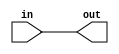
 //Verilog Library for Test Applications
 /////////////////////////////////////////////////////////////////////////////////////
 //    Buf
 /////////////////////////////////////////////////////////////////////////////////////
 
 `timescale 1 ns / 1ns
 
 module bufg #(parameter tphl = 1, tplh = 1)
     (out,in);               
 input in;
 output out;
  
	bufif1 #(tplh, tphl) inst(out, in, 1'b1);
    
 endmodule

 /////////////////////////////////////////////////////////////////////////////////////
 //    Not
 /////////////////////////////////////////////////////////////////////////////////////
 
 `timescale 1 ns / 1ns
 
 module notg #(parameter tphl = 1, tplh = 1)
     (out,in);             
 input in;
 output out;
  
	not #(tplh, tphl) inst (out, in);
    
 endmodule

 /////////////////////////////////////////////////////////////////////////////////////
 //    And: Parametrized on the number of inputs      
 /////////////////////////////////////////////////////////////////////////////////////
 
 `timescale 1 ns / 1ns
 
module and_n
    #(parameter n = 2, tphl = 1, tplh = 1)
    (out,in);           
input [n-1:0] in;
output out;
wire [n-2:0] mwire;

genvar i;

	and and_0 (mwire [0], in [0], in [1]);

  generate
    for (i=1; i <= n-2; i=i+1) begin : AND_N
       and inst (mwire [i], mwire [i-1], in [i+1]);
    end
  endgenerate
	bufif1 #(tplh, tphl) inst(out, mwire [n-2], 1'b1);	
	
endmodule

/////////////////////////////////////////////////////////////////////////////////////
//    Or: Parametrized on the number of inputs       
/////////////////////////////////////////////////////////////////////////////////////

`timescale 1 ns / 1ns
 
module or_n
    #(parameter n = 2, tphl = 1, tplh = 1)
    (out,in);             
input [n-1:0] in;
output out;
wire [n-2:0] mwire;

genvar i;

	or or_0 (mwire [0], in [0], in [1]);

  generate
    for (i=1; i <= n-2; i=i+1) begin : OR_N
       or inst (mwire [i], mwire [i-1], in [i+1]);
    end
  endgenerate
	bufif1 #(tplh, tphl) inst(out, mwire [n-2], 1'b1);	
   
endmodule

/////////////////////////////////////////////////////////////////////////////////////
//    Nand: Parametrized on the number of inputs       
/////////////////////////////////////////////////////////////////////////////////////

`timescale 1 ns / 1ns
 
module nand_n
    #(parameter n = 2, tphl = 1, tplh = 1)
    (out,in);               
input [n-1:0] in;
output out;
wire [n-2:0] mwire;

genvar i;

	and and_0 (mwire [0], in [0], in [1]);

  generate
    for (i=1; i <= n-2; i=i+1) begin : NAND_N
       and inst (mwire [i], mwire [i-1], in [i+1]);
    end
  endgenerate
	not #(tplh, tphl) inst(out, mwire [n-2]);	

endmodule

/////////////////////////////////////////////////////////////////////////////////////
//    Nor: Parametrized on the number of inputs       
/////////////////////////////////////////////////////////////////////////////////////

`timescale 1 ns / 1ns
 
module nor_n
    #(parameter n = 2, tphl = 1, tplh = 1)
    (out,in);              
input [n-1:0] in;
output out;
wire [n-2:0] mwire;

genvar i;

	or nor_0 (mwire [0], in [0], in [1]);

  generate
    for (i=1; i <= n-2; i=i+1) begin : NOR_N
       or inst (mwire [i], mwire [i-1], in [i+1]);
    end
  endgenerate
	not #(tplh, tphl) inst(out, mwire [n-2]);	
      
endmodule

/////////////////////////////////////////////////////////////////////////////////////
//    Xor: Parametrized on the number of inputs       
/////////////////////////////////////////////////////////////////////////////////////

`timescale 1 ns / 1ns
 
module xor_n
    #(parameter n = 2, tphl = 1, tplh = 1)
    (out,in);              
input [n-1:0] in;
output out;
wire [n-2:0] mwire;

genvar i;

	xor xor_0 (mwire [0], in [0], in [1]);

  generate
    for (i=1; i <= n-2; i=i+1) begin : XOR_N
       xor inst (mwire [i], mwire [i-1], in [i+1]);
    end
  endgenerate
	bufif1 #(tplh, tphl) inst(out, mwire [n-2], 1'b1);	
   
endmodule

/////////////////////////////////////////////////////////////////////////////////////
//    Xnor: Parametrized on the number of inputs       
/////////////////////////////////////////////////////////////////////////////////////

`timescale 1 ns / 1ns
 
module xnor_n
    #(parameter n = 2, tphl = 1, tplh = 1)
    (out,in);              
input [n-1:0] in;
output out;
wire [n-2:0] mwire;

genvar i;

	xor xnor_0 (mwire [0], in [0], in [1]);

  generate
    for (i=1; i <= n-2; i=i+1) begin : XNOR_N
       xor inst (mwire [i], mwire [i-1], in [i+1]);
    end
  endgenerate
	not #(tplh, tphl) inst(out, mwire [n-2]);	
    
endmodule

/////////////////////////////////////////////////////////////////////////////////////
//    Fan_Out: Parametrized on the number of inputs       
/////////////////////////////////////////////////////////////////////////////////////

`timescale 1 ns / 1ns
 
module fanout_n
    #(parameter n = 2,tphl = 3, tplh = 5)
    (in, out);
input in;
output [n-1 :0] out;
genvar i;

  generate
    for (i=0; i < n; i=i+1) begin : fanout
       bufif1 #(tplh, tphl) inst (out [i], in, 1'b1);
    end
  endgenerate		
   
endmodule

/////////////////////////////////////////////////////////////////////////////////////
//    Primary Input      
/////////////////////////////////////////////////////////////////////////////////////

`timescale 1 ns / 1ns
 
module pin #(parameter n = 1)
    (in, out);
input [n-1:0] in;
output [n-1:0] out;

genvar i;

  generate
    for (i=0; i < n; i=i+1) begin : PI
       bufif1 inst (out [i], in[i], 1'b1);
    end
  endgenerate

endmodule

/////////////////////////////////////////////////////////////////////////////////////
//    Primary Output      
/////////////////////////////////////////////////////////////////////////////////////

`timescale 1 ns / 1ns
 
module pout #(parameter n = 1)
    (in, out);
input [n-1:0] in;
output [n-1:0] out;

genvar i;

  generate
    for (i=0; i < n; i=i+1) begin : PO
       bufif1 inst (out [i], in[i], 1'b1);
    end
  endgenerate
   
endmodule

/////////////////////////////////////////////////////////////////////////////////////
//    D Flip Flop 
/////////////////////////////////////////////////////////////////////////////////////
module dff 
#(parameter tphl = 0, tplh = 0)
(Q, D, C, CLR, PRE, CE, NbarT, Si, global_reset); 

input D, C, CLR, PRE, CE, NbarT, Si, global_reset; 
output reg Q; 
reg val; 


always @(posedge C or posedge PRE or posedge CLR or posedge global_reset) begin
	if(CLR || global_reset)
		val = 1'b0;
	else	if(PRE)
		val = 1'b1;
	else	if(NbarT)
		val = Si; 
	else	if(CE)	val = D; 
end
   
always@(posedge val) #tplh Q =  val;
always@(negedge val) #tphl Q =  val;    
endmodule